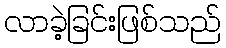
လာခဲ့ခြင်းဖြစ်သည်